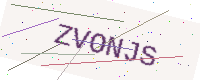
Text: ZVONJS